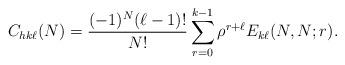
LaTeX: \begin{align*} C_{hk\ell}(N) = \frac{(-1)^N (\ell-1)!}{ N!} \sum_{r=0}^{k-1} \rho^{r+\ell} E_{k\ell}(N,N;r).\end{align*}